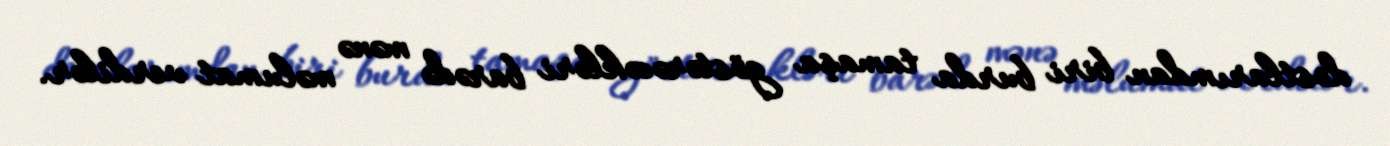
dostlarımdan biri burda tamaşa göstərəcəkləri barədə mənə məlumat verdilər.